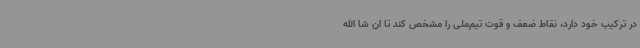
در ترکیب خود دارد، نقاط ضعف‌ و قوت تیم‌ملی را مشخص کند تا ان شا الله